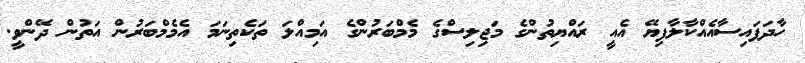
ހާދަފައިސާއެއްކާލާފިޔޭ އެއީ ރައްޔިތުންގެ މަޖިލިސްގެ މެމްބަރުންގެ އަމިއްލަ ތަކެތިނަމަ އެމެމްބަރުން އަތުން ދޭންވީ.